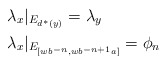
\begin{align*}&\lambda_x|_{E_{d^*(y)}} = \lambda_y \\&\lambda_x|_{E_{[wb^{-n}, wb^{-n+1}a]}} = \phi_n \end{align*}